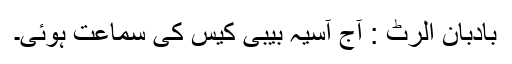
بادبان الرٹ : آج آسیہ بیبی کیس کی سماعت ہوئی۔